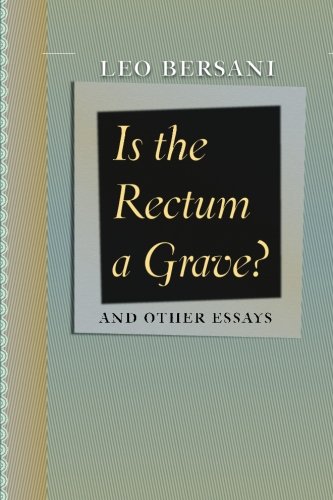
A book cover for Is the Rectum a Grave?: and Other Essays; Leo Bersani; Gay & Lesbian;